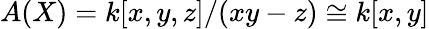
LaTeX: A(X)=k[x,y,z]/(xy-z)\cong k[x,y]